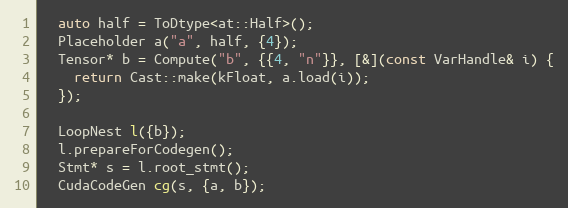
Language: C++
  auto half = ToDtype<at::Half>();
  Placeholder a("a", half, {4});
  Tensor* b = Compute("b", {{4, "n"}}, [&](const VarHandle& i) {
    return Cast::make(kFloat, a.load(i));
  });

  LoopNest l({b});
  l.prepareForCodegen();
  Stmt* s = l.root_stmt();
  CudaCodeGen cg(s, {a, b});